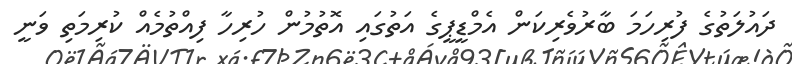
ދައުލަތުގެ ފުރިހަމަ ބާރުވެރިކަން އެމްޑީޕީގެ އަތުގައި އޮތުމުން ހުރިހާ ފިއްތުމެއް ކުރިމަތި ވަނީ